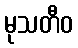
မုသတီဝ